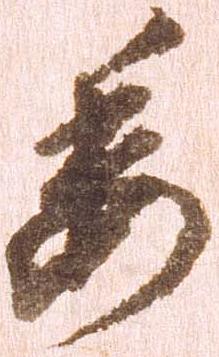
委